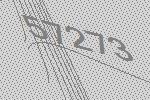
57273